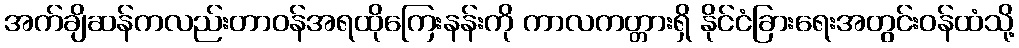
အက်ချိဆန်ကလည်းတာဝန်အရထိုကြေးနန်းကို ကာလကတ္တားရှိ နိုင်ငံခြားရေးအတွင်းဝန်ထံသို့